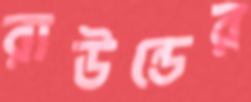
রাউন্ডের